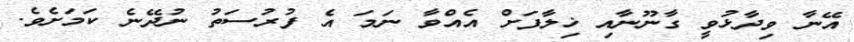
އޭނާ ވިދާޅުވީ ގާނޫނާއި ޚިލާފަށް އެއްވާ ނަމަ އެ ފުރުސަތު ނުދޭނެ ކަމަށެވެ.